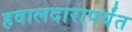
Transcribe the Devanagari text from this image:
हवालदारापर्यंत